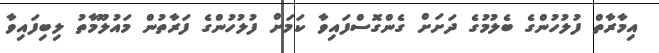
އިމާރާތް ފުލުހުންގެ ބެލުމުގެ ދަށަށް ގެންގޮސްފައިވާ ކަމަށް ފުލުހުންގެ ފަރާތުން މައުލޫމާތު ލިބިފައިވާ